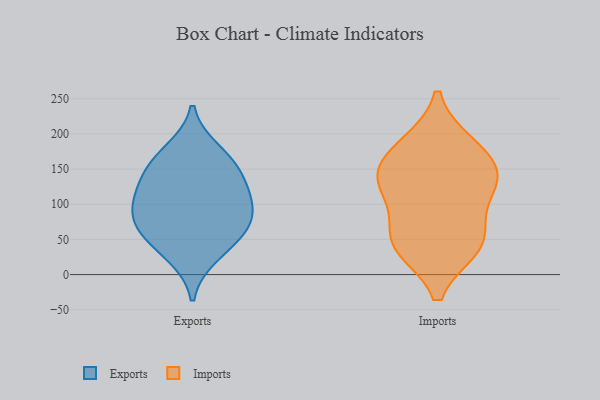
{"axis": {"x": "Headcount", "y": "Value"}, "legend": ["Exports", "Imports"], "data": [{"x": "", "y": 146, "type": "Exports"}, {"x": "", "y": 27, "type": "Exports"}, {"x": "", "y": 73, "type": "Exports"}, {"x": "", "y": 54, "type": "Exports"}, {"x": "", "y": 176, "type": "Exports"}, {"x": "", "y": 118, "type": "Exports"}, {"x": "", "y": 68, "type": "Exports"}, {"x": "", "y": 107, "type": "Exports"}, {"x": "", "y": 96, "type": "Exports"}, {"x": "", "y": 155, "type": "Exports"}, {"x": "", "y": 75, "type": "Imports"}, {"x": "", "y": 128, "type": "Imports"}, {"x": "", "y": 185, "type": "Imports"}, {"x": "", "y": 41, "type": "Imports"}, {"x": "", "y": 127, "type": "Imports"}, {"x": "", "y": 180, "type": "Imports"}, {"x": "", "y": 140, "type": "Imports"}, {"x": "", "y": 143, "type": "Imports"}, {"x": "", "y": 44, "type": "Imports"}, {"x": "", "y": 39, "type": "Imports"}]}